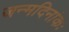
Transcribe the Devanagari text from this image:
जन्मदिनांकः